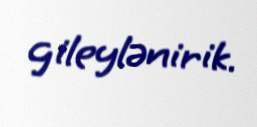
gileylənirik.